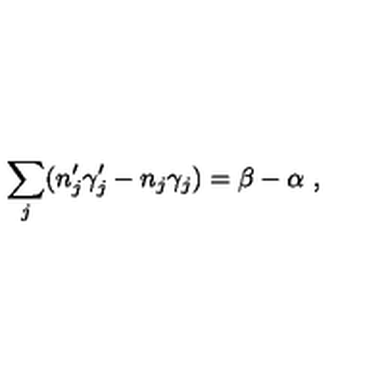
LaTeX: \sum _ { j } ( n _ { j } ^ { \prime } \gamma _ { j } ^ { \prime } - n _ { j } \gamma _ { j } ) = \beta - \alpha \ ,